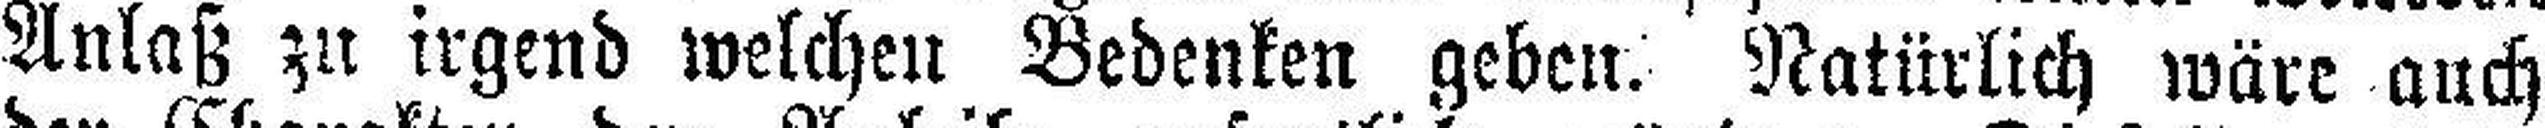
Anlaß zu irgend welchen Bedenken geben. Natürlich wäre auch